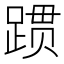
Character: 𬦻